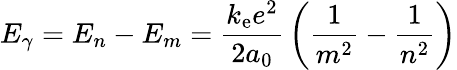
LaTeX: E_{\gamma}=E_{n}-E_{m}={\frac{k_{\mathrm{e}}e^{2}}{2a_{0}}}\left({\frac{1}{m^{2}}}-{\frac{1}{n^{2}}}\right)